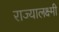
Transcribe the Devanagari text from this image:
राज्यालक्ष्मी